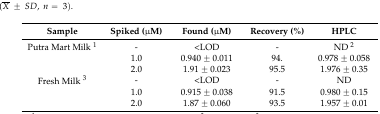
<table><thead><tr><td><b>Sample</b></td><td><b>Spiked (μM)</b></td><td><b>Found (μM)</b></td><td><b>Recovery (%)</b></td><td><b>HPLC</b></td></tr></thead><tbody><tr><td>Putra Mart Milk <sup>1</sup></td><td>-</td><td>&lt;LOD</td><td>-</td><td>ND <sup>2</sup></td></tr><tr><td></td><td>1.0</td><td>0.940 ± 0.011</td><td>94.</td><td>0.978 ± 0.058</td></tr><tr><td></td><td>2.0</td><td>1.91 ± 0.023</td><td>95.5</td><td>1.976 ± 0.35</td></tr><tr><td>Fresh Milk <sup>3</sup></td><td>-</td><td>&lt;LOD</td><td>-</td><td>ND</td></tr><tr><td></td><td>1.0</td><td>0.915 ± 0.038</td><td>91.5</td><td>0.980 ± 0.15</td></tr><tr><td></td><td>2.0</td><td>1.87 ± 0.060</td><td>93.5</td><td>1.957 ± 0.01</td></tr></tbody></table>